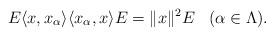
LaTeX: \begin{align*}E\langle x, x_{\alpha} \rangle\langle x_{\alpha}, x \rangle E = \| x\|^2 E\,\,\,\,\,(\alpha\in \Lambda).\end{align*}